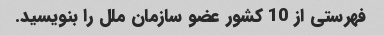
فهرستی از 10 کشور عضو سازمان ملل را بنویسید.